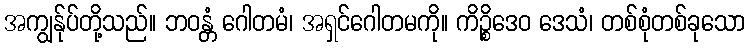
အကျွန်ုပ်တို့သည်။ ဘဝန္တံ ဂေါတမံ၊ အရှင်ဂေါတမကို။ ကိဉ္စိဒေဝ ဒေသံ၊ တစ်စုံတစ်ခုသော